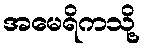
အမေရိကသို့